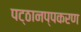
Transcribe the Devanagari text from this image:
पट्ठानप्पकरण